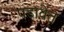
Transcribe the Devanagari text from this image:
पडावेत